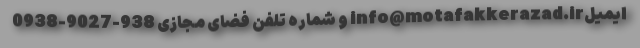
ایمیلinfo@motafakkerazad.ir و شماره تلفن فضای مجازی 938-9027-0938